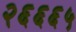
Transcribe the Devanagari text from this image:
२६६६५